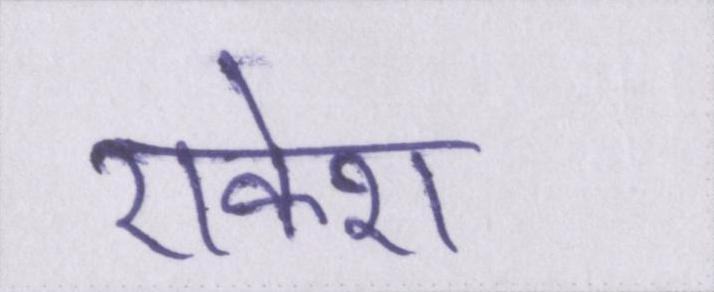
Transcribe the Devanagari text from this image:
राकेश